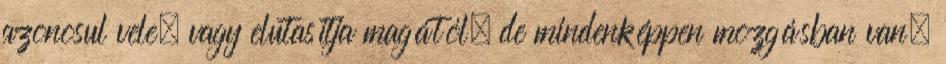
azonosul vele, vagy elutasítja magától, de mindenképpen mozgásban van,